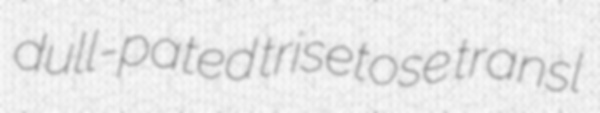
dull-pated trisetose transl